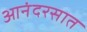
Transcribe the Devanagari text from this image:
आनंदरसात